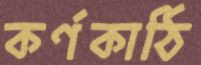
কর্ণকাঠি